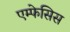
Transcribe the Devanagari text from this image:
एम्फेसिस